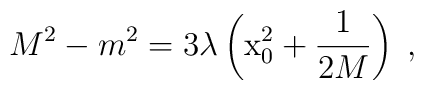
M^2-m^2=3 \lambda \left( {\rm x}_0^2+\frac{1}{2M} \right)\; ,